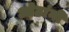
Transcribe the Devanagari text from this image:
ओठांनी